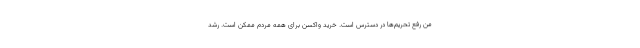
من رفع تحریم‌ها در دسترس است. خرید واکسن برای همه مردم ممکن است. رشد